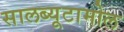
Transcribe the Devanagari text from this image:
सालब्यूटामोल